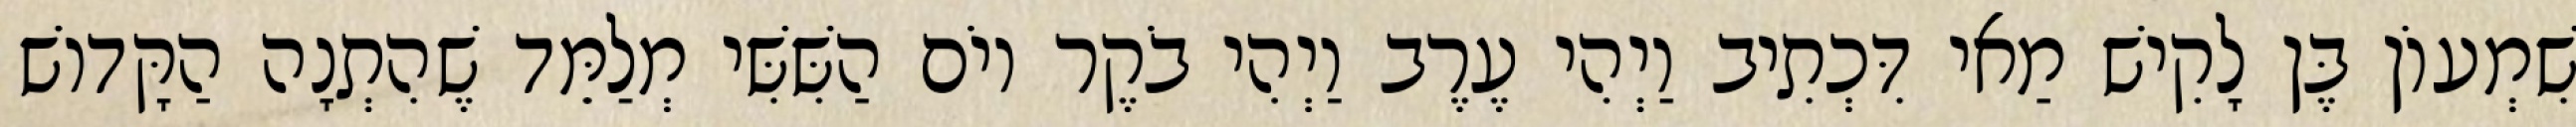
שִׁמְעוֹן בֶּן לָקִישׁ מַאי דִּכְתִיב וַיְהִי עֶרֶב וַיְהִי בֹקֶר יוֹם הַשִּׁשִּׁי מְלַמֵּד שֶׁהִתְנָה הַקָּדוֹשׁ